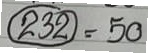
(232) = 50